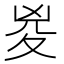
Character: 㚇